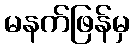
မနက်ဖြန်မှ